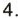
4.